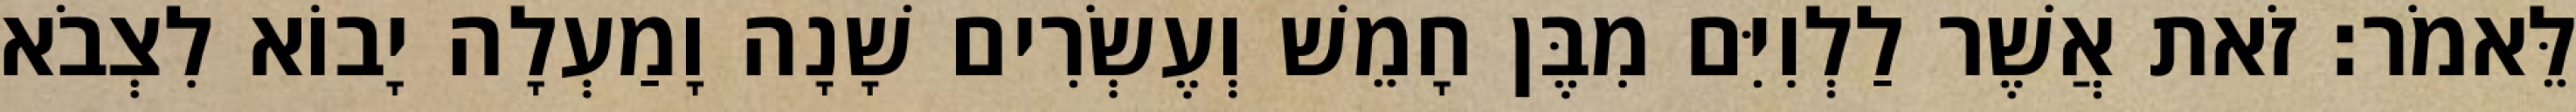
לֵּאמֹר׃ זֹאת אֲשֶׁר לַלְוִיִּם מִבֶּן חָמֵשׁ וְעֶשְׂרִים שָׁנָה וָמַעְלָה יָבוֹא לִצְבֹא